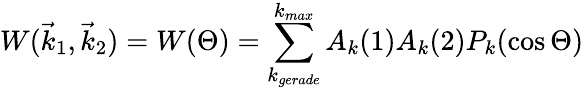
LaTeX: W({\vec{k}}_{1},{\vec{k}}_{2})=W(\Theta)=\sum_{k_{gerade}}^{k_{max}}A_{k}(1)A_{k}(2)P_{k}(\cos{\Theta})